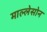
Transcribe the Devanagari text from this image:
माल्लेसोन